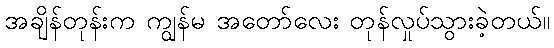
အချိန်တုန်းက ကျွန်မ အတော်လေး တုန်လှုပ်သွားခဲ့တယ်။